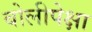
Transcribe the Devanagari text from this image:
बोलीपेक्षा